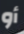
أو